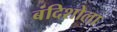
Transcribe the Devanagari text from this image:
बंदिशोला